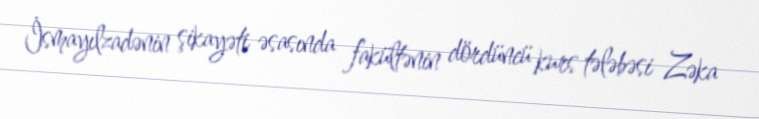
İsmayılzadənin şikayəti əsasında fakültənin dördüncü kurs tələbəsi Zəka